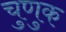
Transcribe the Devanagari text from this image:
चुणुक